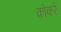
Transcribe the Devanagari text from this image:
कोकरे